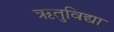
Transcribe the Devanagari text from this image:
ऋतुविद्या